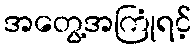
အတွေ့အကြုံရင့်